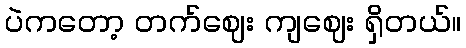
ပဲကတော့ တက်ဈေး ကျဈေး ရှိတယ်။